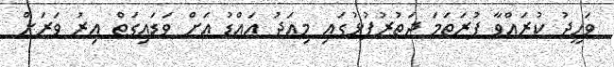
ވަހީދު ކުރައްވާ ފުރަތަމަ ދަތުރުފުޅުގައި މިއަދު އައްޑު އަށް ވަޑައިގަތް އިރު ވަރަށް